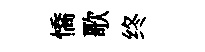
憍歌终